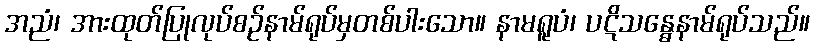
အညံ၊ အားထုတ်ပြုလုပ်စဉ်နာမ်ရုပ်မှတစ်ပါးသော။ နာမရူပံ၊ ပဋိသန္ဓေနာမ်ရုပ်သည်။